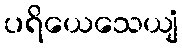
ပရိယေသေယျံ